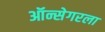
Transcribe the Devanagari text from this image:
ऑन्सेगरला